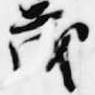
茂